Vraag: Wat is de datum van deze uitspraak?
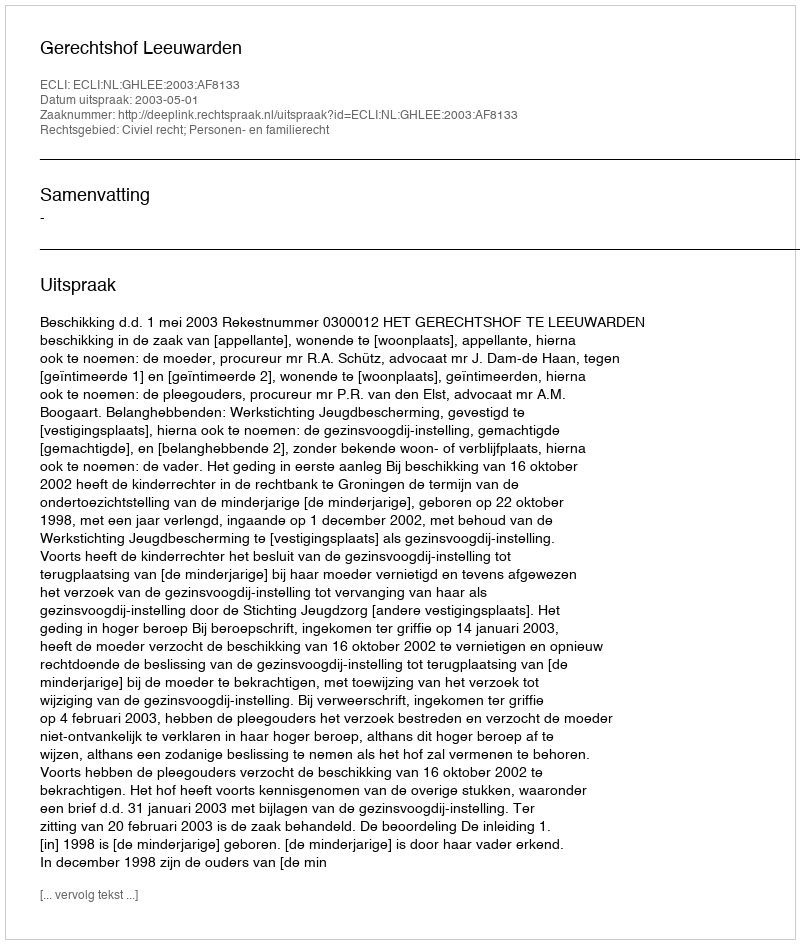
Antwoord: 2003-05-01